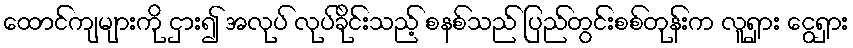
ထောင်ကျများကို ငှား၍ အလုပ် လုပ်ခိုင်းသည့် စနစ်သည် ပြည်တွင်းစစ်တုန်းက လူရှား ငွေရှား